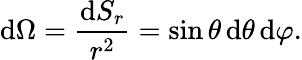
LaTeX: \mathrm{d}\Omega={\frac{\mathrm{d}S_{r}}{r^{2}}}=\sin\theta\, \mathrm{d}\theta\, \mathrm{d}\varphi.